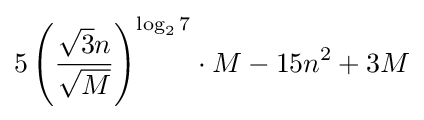
5\left({\frac {{\sqrt {3}}n}{\sqrt {M}}}\right)^{\log _{2}7}\cdot M-15n^{2}+3M